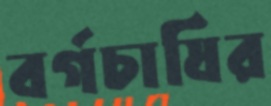
বর্গচাষির